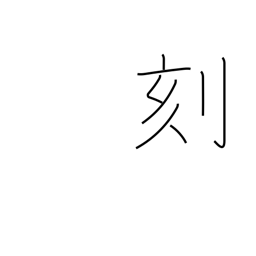
Meaning: hash